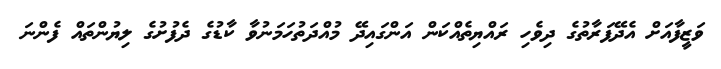
ވަޒީފާއަށް އެދޭފަރާތުގެ ދިވެހި ރައްޔިތެއްކަން އަންގައިދޭ މުއްދަތުހަމަނުވާ ކާޑުގެ ދެފުށުގެ ލިޔުންތައް ފެންނަ